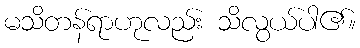
မသိတန်ရာဟုလည်း သိလွယ်ပါ၏။